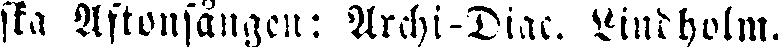
ska Aftonsången: Archi-Diac. Lindholm.